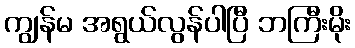
ကျွန်မ အရွယ်လွန်ပါပြီ ဘကြီးမိုး